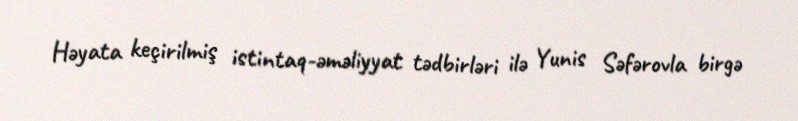
Həyata keçirilmiş istintaq-əməliyyat tədbirləri ilə Yunis Səfərovla birgə